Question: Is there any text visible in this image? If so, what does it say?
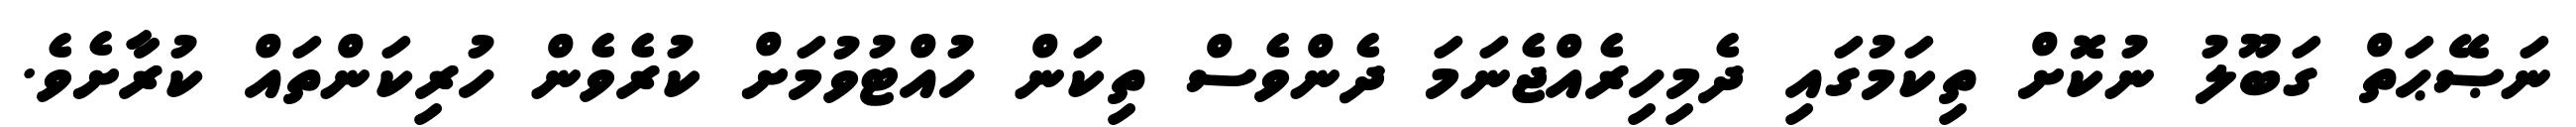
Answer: ނަޞޭޙަތް ގަބޫލު ނުކޮށް ތިކަމުގައި ދެމިހިރެއްޖެނަމަ ދެންވެސް ތިކަން ހުއްޓުވުމަށް ކުރެވެން ހުރިކަންތައް ކުރާށެވެ.